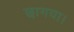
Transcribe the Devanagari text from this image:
छागया।